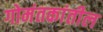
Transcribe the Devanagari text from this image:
गोमंतकांतील